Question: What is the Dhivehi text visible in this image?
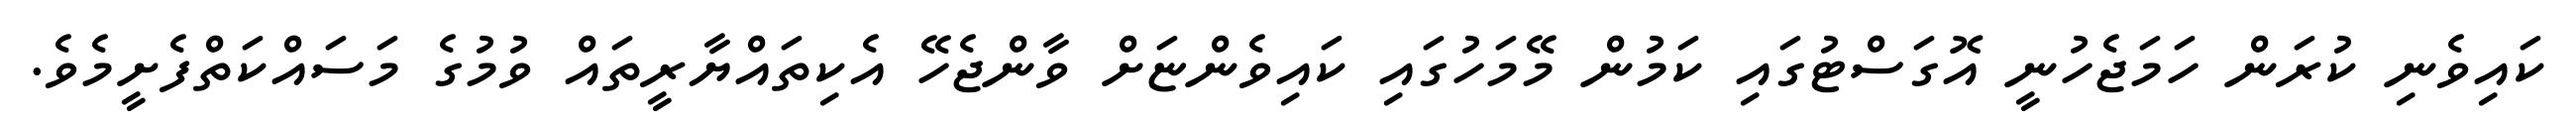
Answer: ކައިވެނި ކުރަން ހަމަޖެހުނީ އޮގަސްޓުގައި ކަމުން މޭމަހުގައި ކައިވެންޏަށް ވާންޖެހޭ އެކިތައްޔާރީތައް ވުމުގެ މަސައްކަތްފެށީމެވެ.